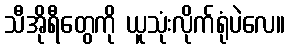
သီအိုရီတွေကို ယူသုံးလိုက်ရုံပဲလေ။